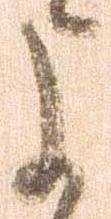
よ